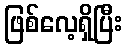
ဖြစ်လေ့ရှိပြီး